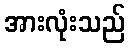
အားလုံးသည်